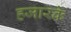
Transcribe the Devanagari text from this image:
हजारके